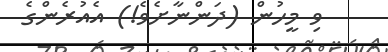
ވި މީހުން (ދަންނާށެވެ!) އެއުރެންގެ